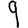
Digit: 9